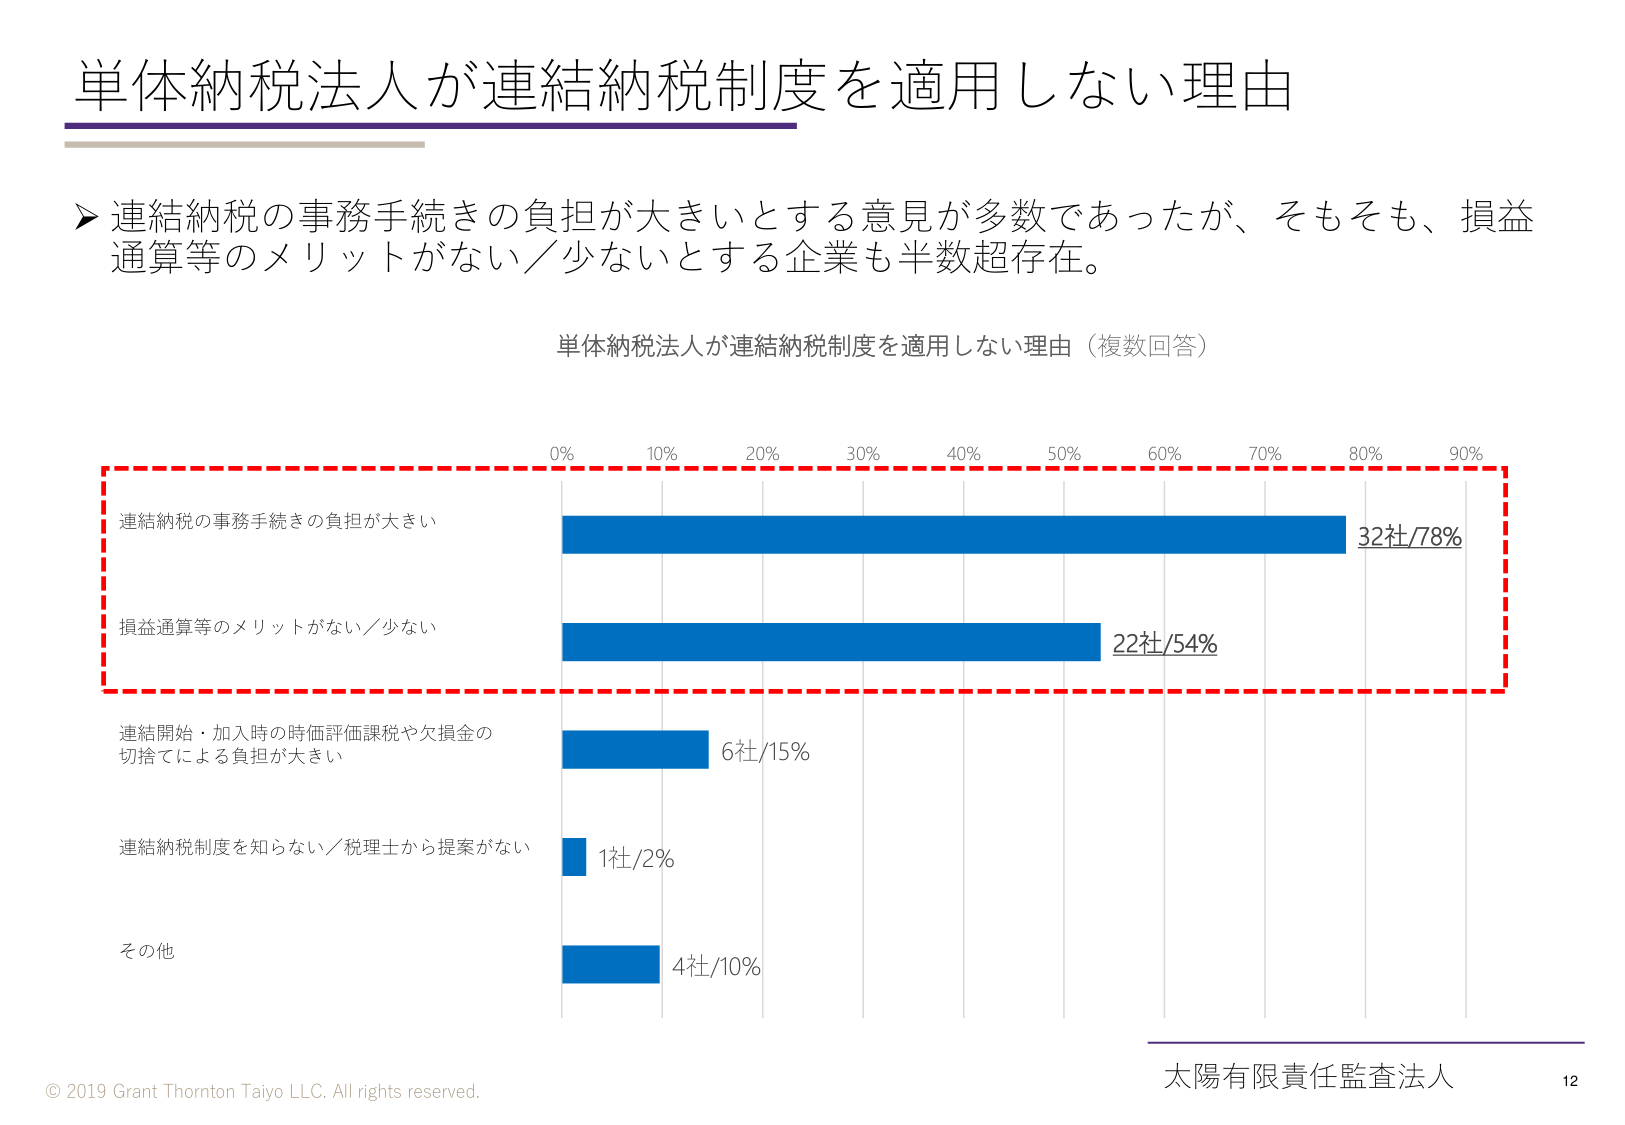
単体納税法人が連結納税制度を適用しない理由

▶ 連結納税の事務手続きの負担が大きいとする意見が多数であったが、そもそも、損益通算等のメリットがない／少ないとする企業も半数超存在。

単体納税法人が連結納税制度を適用しない理由（複数回答）

0% 10% 20% 30% 40% 50% 60% 70% 80% 90%

連結納税の事務手続きの負担が大きい
32社/78%

損益通算等のメリットがない／少ない
22社/54%

連結開始・加入時の時価評価課税や欠損金の切捨てによる負担が大きい
6社/15%

連結納税制度を知らない／税理士から提案がない
1社/2%

その他
4社/10%

© 2019 Grant Thornton Taiyo LLC. All rights reserved.
太陽有限責任監査法人
12